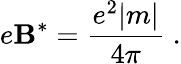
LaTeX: e\mathbf{B}^{*}=\frac{{e^{2}|m|}}{{4\pi}}\; .